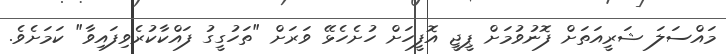
މައްސަލަ ޝަރީއަތަށް ފޮނުވުމަށް ޕީޖީ އޮފީހަށް ހުށެހެޅޭ ވަރަށް "ތަހުގީގު ފައްކާކުރެވިފައިވާ" ކަމަށެވެ.